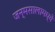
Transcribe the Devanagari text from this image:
जन्मसालामध्ये